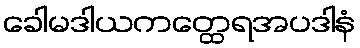
ခေါမဒါယကတ္ထေရအပဒါနံ